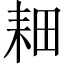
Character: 𫅹